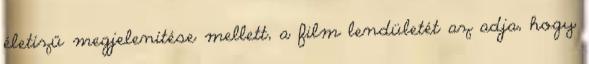
életízű megjelenítése mellett, a film lendületét az adja, hogy